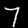
Digit: 7